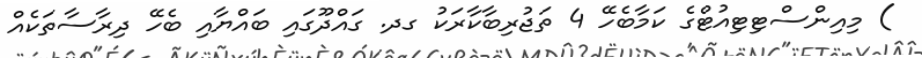
) މިއިންސްޓިޓިއުޓްގެ ކަމާބެހޭ 4 ތަޖުރިބާކާރަކު ގދ. ގައްދޫގައި ބައްޔާއި ބެހޭ ދިރާސާތަކެއް